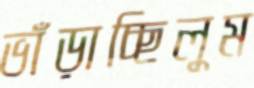
ভাঁড়াচ্ছিলুম